Medical and sanitary report of the native army of Bengal for the year
Year: 1876
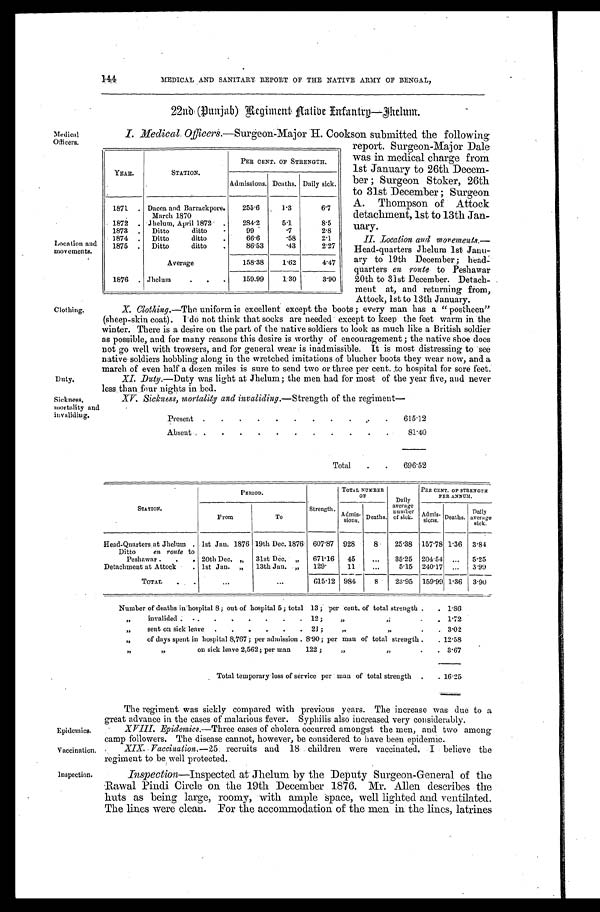
Medical
Officers.
Location and
movements.
Clothing.
Duty.
Sickness,
mort al i t y and i nval i di ng.
Epidemics.
Vaccination.
Inspection.
22nd (Punjab) Regiment Native Infantry—Jhelum.
I. Medical Officers. —Surgeon-Maior H. Cookson submitted the following
report. Surgeon-Major Dale
was in medical charge from
1st January to 26th Decem
-ber; Surgeon Stoker, 26th
to 31st December; Surgeon
A. Thompson of Attock
detachment, 1st to 13th Jan
-uary.
II. Location and movements.
—Head-quarters Jhelum 1st Janu
-ary to 19th December; head-
quarters en route to Peshawar
20th to 31st December. Detach
- m e n t a t , a n d r e t u r n i n g f r o m ,
Attock, 1st to 13th January.
X. Clothing.—The uniform is excellent except the boots; every man has a "postheen"
( s he e p- s ki n c oa t ) . I do not t hi nk t ha t s oc ks a r e ne e de d e xc e pt t o ke e p t he f e e t wa r m i n t he
winter. There is a desire on the part of the native soldiers to look as much like a British soldier
as possible, and for many reasons this desire is worthy of encouragement; the native shoe does
not go well with trowsers, and for general wear is inadmissible. It is most distressing to see
native soldiers hobbling along in the wretched imitations of blucher boots they wear now, and a
march of even half a dozen miles is sure to send two or three per cent. to hospital for sore feet.
XI. Duty. —Duty was light at Jhelum; the men had for most of the year five, and never
less than four nights in bed.
XV. Sickness, mortality and invaliding.—Strength of the regiment—
Present
615.12
Absent
81.40
Total
6 9 6 . 5 2
STATION.
PERIOD.
Strength.
TOTAL NUMBER
O F
Daily
average number of sick.
PER CENT. OF STRENGTH
PER ANNUM.
From
To
Admis- sions. Deaths.
Admis- sions. Deaths. Daily
average sick.
Head-Quarters at Jhelum 1st Jan. 1876 19th Dec. 1876 607.87 928 8 25.38 157.78 1.36 3.84
Ditto en route to
Peshawar
20th Dec. „ 31st Dec. „ 671.16 45
35.25 204.54
5.25
Detachment at Attock
1st Jan. „ 13th Jan. „ 129. 11
5.15 240.17
3.99
TOTAL
615.12 984 8 23.95 159.99 1.36 3.90
Number of deaths in hospital 8; out of hospital 5; total 13; per cent, of total strength
1 . 8 6
„ invalided 12; „ „
1 . 7 2
„ sent on sick leave 21; „ „
3 . 0 2
„ of days spent in hospital 8,767; per admission 8.90; per man of total strength
12.58
„ „ on sick leave 2,562; per man 122; „ „
3.67
Total temporary loss of service per man of total strength
16.25
The regiment was sickly compared with previous years. The increase was due to a
great advance in the cases of malarious fever. Syphilis also increased very considerably.
XVIII. Epidemics.—Three cases of cholera occurred amongst the men, and two among
camp followers. The disease cannot, however, be considered to have been epidemic.
XIX. Vaccination.—25 recruits and 18 children were vaccinated. I believe the
regiment to be well protected.
Inspection—Inspected at Jhelum by the Deputy Surgeon-General of the
Rawal Pindi Circle on the 19th December 1876. Mr. Allen describes the
huts as being large, roomy, with ample space, well lighted and ventilated.
The lines were clean. For the accommodation of the men in the lines, latrines
YEAR.
STATION.
PER CENT. OF STRENGTH.
Admissions. Deaths. Daily sick.
1871
Dacca and Barrackpore.
March 1870
255.6
1 . 3
6.7
1872
Jhelum, April 1872
284.2
5.1
8.5
1873
Ditto ditto
99
.7
2.8
1874
Ditto ditto
66.6
.58
2.1
1875
Ditto ditto
86.53
.43
2.27
Average
158.38 1.62
4.47
1876 Jhelum
159.99 1.30
3.90